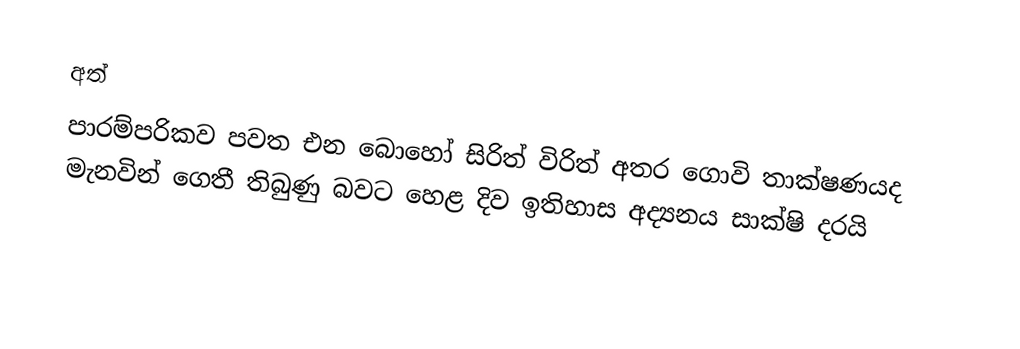
අත්
පාරම්පරිකව පවත එන බොහෝ සිරිත් විරිත් අතර ගොවි තාක්ෂණයද මැනවින් ගෙතී තිබුණු බවට හෙළ දිව ඉතිහාස අද්‍යනය සාක්ෂි දරයි